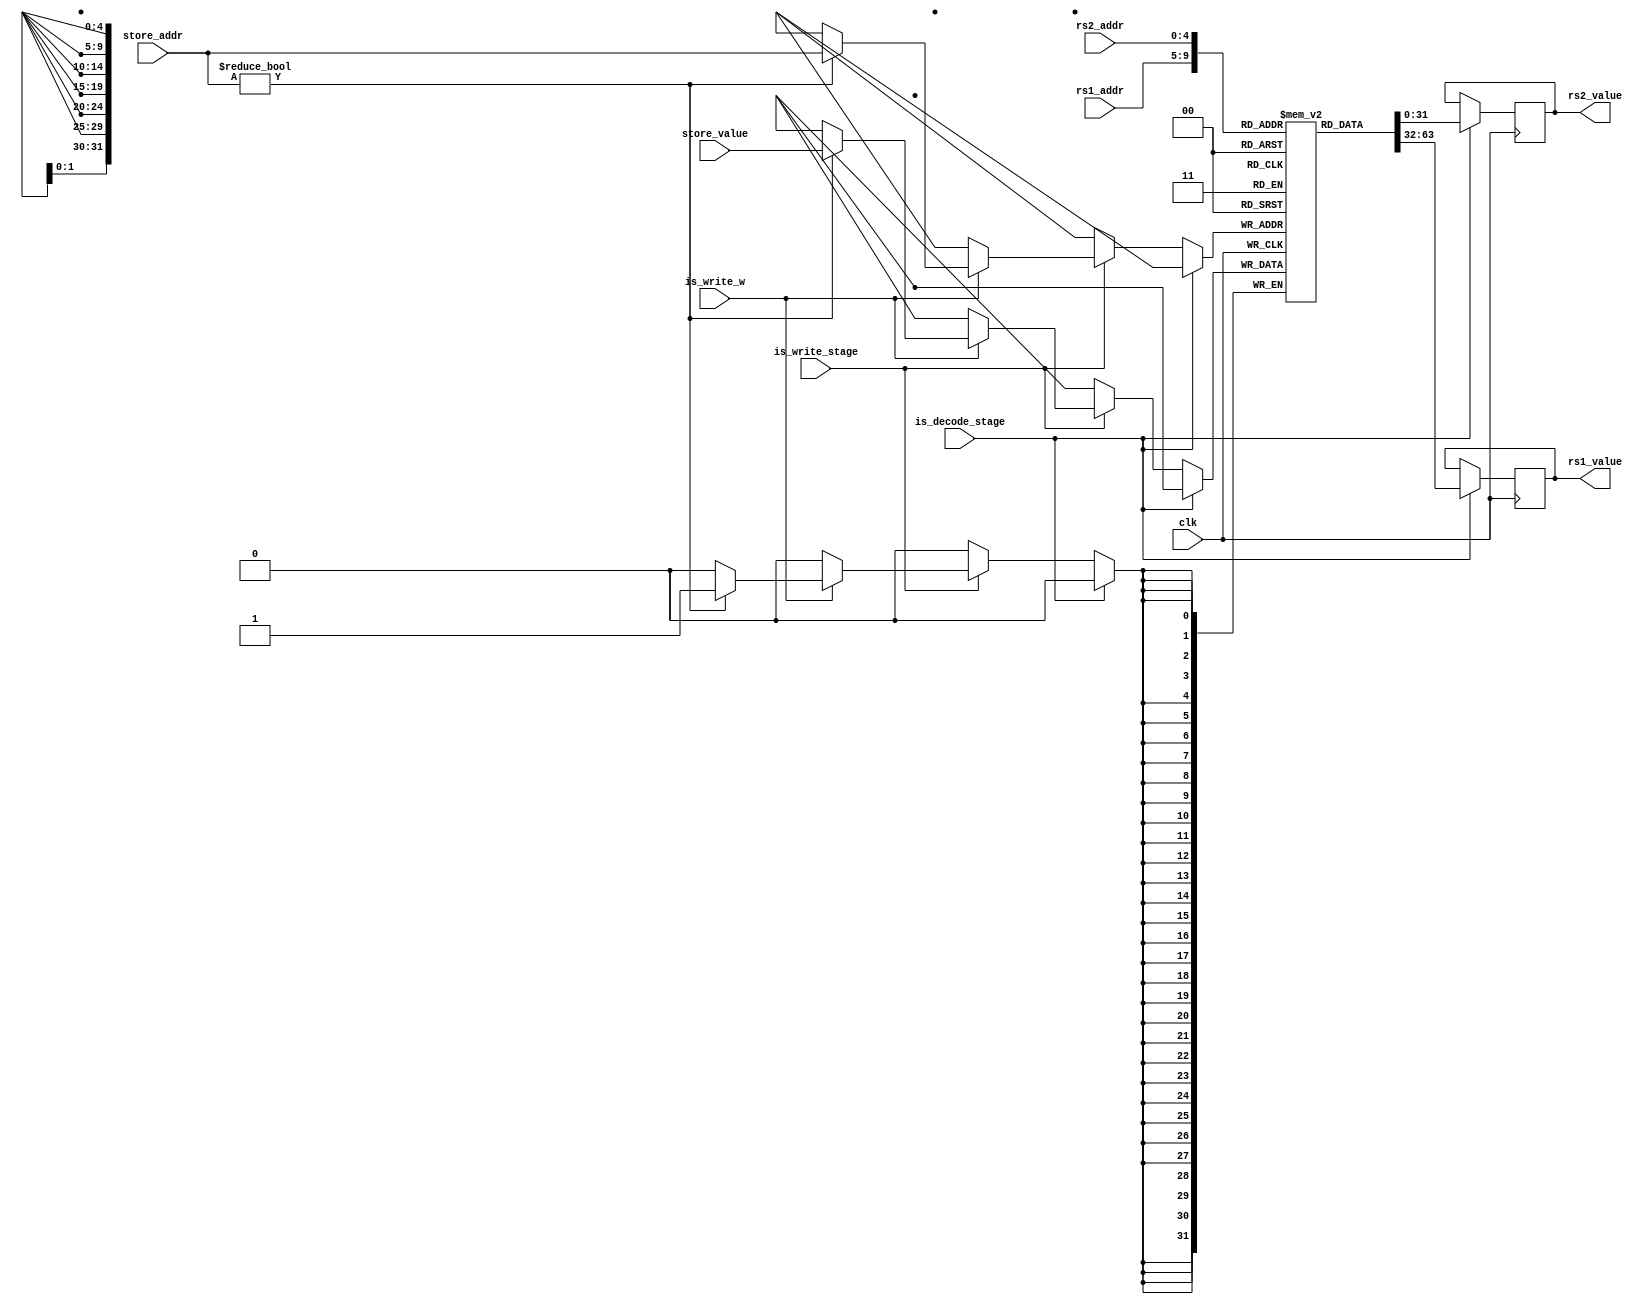
module register_file( // 完成。
    input wire clk,
    input wire [4:0] rs1_addr,
    input wire [4:0] rs2_addr,
    input wire [4:0] store_addr,
    input wire [31:0] store_value,
    input wire is_write_w,
    input wire is_decode_stage,
    input wire is_write_stage,

    output reg [31:0] rs1_value,
    output reg [31:0] rs2_value

);
    reg [31:0] register [0:31];
    initial register[0] = 32'd0;

    always @(posedge clk) begin
        if (is_decode_stage) begin
            rs1_value <= register[rs1_addr];
            rs2_value <= register[rs2_addr];
        end
        else if (is_write_stage) begin
            if (is_write_w) begin 
                if (store_addr != 5'd0) register[store_addr] <= store_value;
            end
        end
    end
endmodule